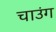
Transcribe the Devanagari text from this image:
चाउंग